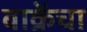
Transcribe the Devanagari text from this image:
बाक्रेंचा